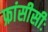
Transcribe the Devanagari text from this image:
फ्रांसीसीः